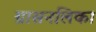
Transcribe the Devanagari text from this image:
ग्रासनलिका